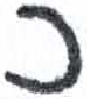
אות: כ